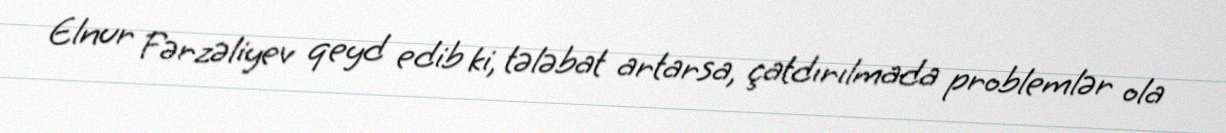
Elnur Fərzəliyev qeyd edib ki, tələbat artarsa, çatdırılmada problemlər ola